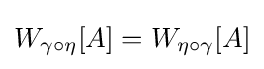
W_{\gamma \circ \eta }[A]=W_{\eta \circ \gamma }[A]